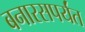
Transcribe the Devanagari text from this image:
बनारसपर्यंत